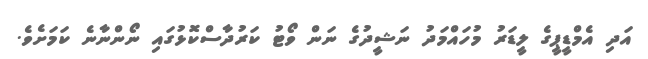
އަދި އެމްޑީޕީގެ ލީޑަރު މުހައްމަދު ނަޝީދުގެ ނަން ވޯޓު ކަރުދާސްކޮޅުގައި ނޯންނާނެ ކަމަށެވެ.